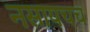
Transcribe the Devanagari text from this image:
नसायचच